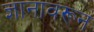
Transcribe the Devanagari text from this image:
ज्ञानावरून